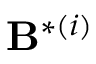
{ \mathbf { B } } ^ { * ( i ) }